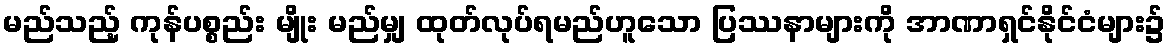
မည်သည့် ကုန်ပစ္စည်း မျိုး မည်မျှ ထုတ်လုပ်ရမည်ဟူသော ပြဿနာများကို အာဏာရှင်နိုင်ငံများ၌